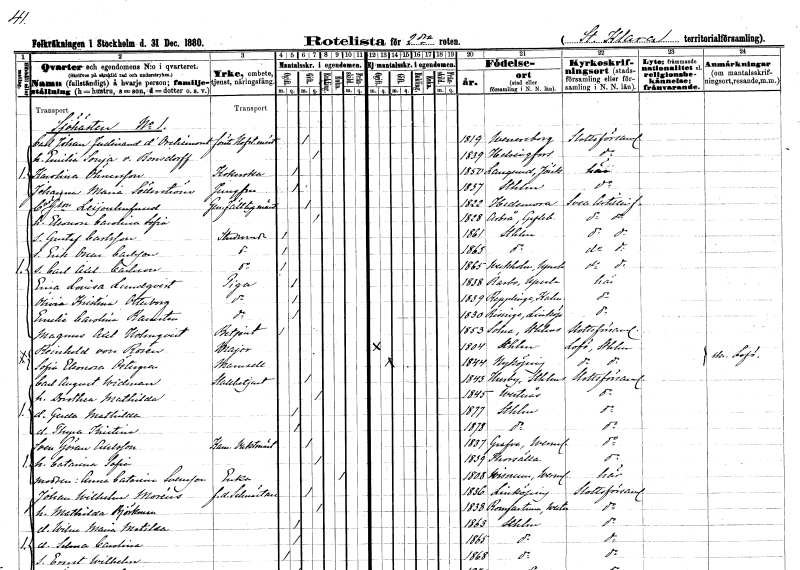
gt_parse: households: individuals: FN: Carl Johan Ferdinand
EN: d'Orchimont
YRKE: Hovstallmästare förste
KON: M
CIV: G
FODAR: 1819
FODFORS: Vänersborg Älvsborgs län
FN: Emilia Sonja
EN: von Bonsdorff
KON: K
CIV: G
FODAR: 1839
FN: Karolina
EN: Ölmersson
YRKE: Kokerska
KON: K
CIV: O
FODAR: 1850
FODFORS: Långaryd Hallands län
FN: Johanna Maria
EN: Söderström
YRKE: Jungfru
KON: K
CIV: O
FODAR: 1837
FODFORS: Stockholm
FN: Carl
EN: G:son Leijonhufvud
YRKE: Generalfälttygmästare
KON: M
CIV: G
FODAR: 1822
FODFORS: Hedemora Kopparbergs län
FN: Eleonora Carolina Sofia
KON: K
CIV: G
FODAR: 1828
FODFORS: Arbrå Gävleborgs län
FN: Gustaf
EN: Carlsson
YRKE: Studerande
KON: M
CIV: O
FODAR: 1861
FODFORS: Stockholm
FN: Erik Oscar
EN: Carlsson
YRKE: Studerande
KON: M
CIV: O
FODAR: 1863
FODFORS: Stockholm
FN: Carl Åke
EN: Carlsson
YRKE: Studerande
KON: M
CIV: O
FODAR: 1865
FODFORS: Veckholm Uppsala län
FN: Erica Lovisa
EN: Lundqvist
YRKE: Piga
KON: K
CIV: O
FODAR: 1838
FODFORS: Rasbo Uppsala län
FN: Olivia Kristina
EN: Otterborg
YRKE: Piga
KON: K
CIV: O
FODAR: 1839
FODFORS: Räpplinge Kalmar län
FN: Emelie Carolina
EN: Ramsten
YRKE: Piga
KON: K
CIV: O
FODAR: 1830
FODFORS: Risinge Östergötlands län
FN: Magnus Axel
EN: Holmqvist
YRKE: Betjänt
KON: M
CIV: O
FODAR: 1853
FODFORS: Solna Stockholms län
FN: Reinhold
EN: von Rosen
YRKE: Major
KON: M
CIV: O
FODAR: 1804
FODFORS: Stockholm
FN: Sofia Eleonora
EN: Östergren
KON: K
CIV: O
FODAR: 1844
FODFORS: Nyköping Södermanlands län
FN: Carl August
EN: Widman
YRKE: Stallbetjänt
KON: M
CIV: G
FODAR: 1843
FODFORS: Husby-Långhundra Uppsala län
FN: Dorothea Mathilda
KON: K
CIV: G
FODAR: 1845
FODFORS: Västerås Västmanlands län
FN: Gerda Mathilda
KON: K
CIV: O
FODAR: 1877
FODFORS: Stockholm
FN: Thyra Kristina
KON: K
CIV: O
FODAR: 1878
FODFORS: Stockholm
FN: Sven Göran
EN: Axelsson
YRKE: Kammarvaktmästare
KON: M
CIV: G
FODAR: 1837
FODFORS: Grava Värmlands län
FN: Catrina Sofia
KON: K
CIV: G
FODAR: 1839
FODFORS: Torshälla Södermanlands län
FN: Anna Catarina
EN: Svensson
YRKE: Änka
KON: K
CIV: E
FODAR: 1808
FODFORS: Visnum Värmlands län